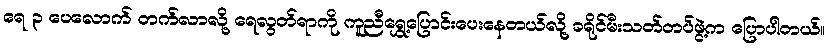
ရေ ၃ ပေလောက် တက်လာလို့ ရေလွတ်ရာကို ကူညီရွှေ့ပြောင်းပေးနေတယ်လို့ ခရိုင်မီးသတ်တပ်ဖွဲ့က ပြောပါတယ်။